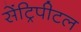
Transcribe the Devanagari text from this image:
सेंट्रिपीटल